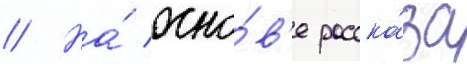
// На́ осно́в'е расска́за